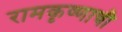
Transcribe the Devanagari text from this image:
रामकृष्णाची